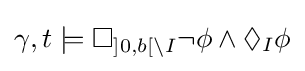
\gamma ,t\models \Box _{]0,b[\setminus I}\neg \phi \land \Diamond _{I}\phi